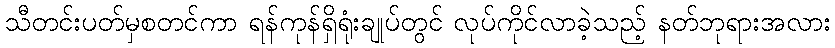
သီတင်းပတ်မှစတင်ကာ ရန်ကုန်ရှိရုံးချုပ်တွင် လုပ်ကိုင်လာခဲ့သည့် နတ်ဘုရားအလား